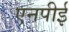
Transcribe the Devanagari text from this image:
एनपीई